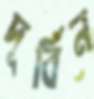
দূর্বিন